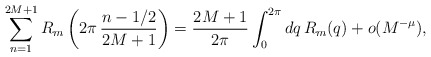
\begin{align*}\sum_{n=1}^{2M+1} R_m\left(2\pi\,\frac{ n-1/2}{2M+1}\right)=\frac{2M+1 }{2\pi}\int_0^{2\pi}d q \,R_m(q)+ o(M^{-\mu}),\end{align*}